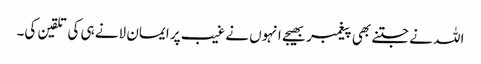
اللہ نے جتنے بھی پیغمبر بھیجے انہوں نے غیب پر ایمان لانے ہی کی تلقین کی۔